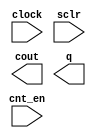
// megafunction wizard: %LPM_COUNTER%VBB%
// GENERATION: STANDARD
// VERSION: WM1.0
// MODULE: LPM_COUNTER 

// ============================================================
// Megafunction Name(s):
// 			LPM_COUNTER
//
// Simulation Library Files(s):
// 			lpm
// ============================================================
// ************************************************************
// THIS IS A WIZARD-GENERATED FILE. DO NOT EDIT THIS FILE!
//
// 20.1.0 Build 711 06/05/2020 SJ Lite Edition
// ************************************************************

//Copyright (C) 2020  Intel Corporation. All rights reserved.
//Your use of Intel Corporation's design tools, logic functions 
//and other software and tools, and any partner logic 
//functions, and any output files from any of the foregoing 
//(including device programming or simulation files), and any 
//associated documentation or information are expressly subject 
//to the terms and conditions of the Intel Program License 
//Subscription Agreement, the Intel Quartus Prime License Agreement,
//the Intel FPGA IP License Agreement, or other applicable license
//agreement, including, without limitation, that your use is for
//the sole purpose of programming logic devices manufactured by
//Intel and sold by Intel or its authorized distributors.  Please
//refer to the applicable agreement for further details, at
//https://fpgasoftware.intel.com/eula.

module counter8 (
	clock,
	cnt_en,
	sclr,
	cout,
	q);

	input	  clock;
	input	  cnt_en;
	input	  sclr;
	output	  cout;
	output	[2:0]  q;

endmodule

// ============================================================
// CNX file retrieval info
// ============================================================
// Retrieval info: PRIVATE: ACLR NUMERIC "0"
// Retrieval info: PRIVATE: ALOAD NUMERIC "0"
// Retrieval info: PRIVATE: ASET NUMERIC "0"
// Retrieval info: PRIVATE: ASET_ALL1 NUMERIC "1"
// Retrieval info: PRIVATE: CLK_EN NUMERIC "0"
// Retrieval info: PRIVATE: CNT_EN NUMERIC "1"
// Retrieval info: PRIVATE: CarryIn NUMERIC "0"
// Retrieval info: PRIVATE: CarryOut NUMERIC "1"
// Retrieval info: PRIVATE: Direction NUMERIC "0"
// Retrieval info: PRIVATE: INTENDED_DEVICE_FAMILY STRING "Cyclone IV E"
// Retrieval info: PRIVATE: ModulusCounter NUMERIC "0"
// Retrieval info: PRIVATE: ModulusValue NUMERIC "0"
// Retrieval info: PRIVATE: SCLR NUMERIC "1"
// Retrieval info: PRIVATE: SLOAD NUMERIC "0"
// Retrieval info: PRIVATE: SSET NUMERIC "0"
// Retrieval info: PRIVATE: SSET_ALL1 NUMERIC "1"
// Retrieval info: PRIVATE: SYNTH_WRAPPER_GEN_POSTFIX STRING "1"
// Retrieval info: PRIVATE: nBit NUMERIC "3"
// Retrieval info: PRIVATE: new_diagram STRING "1"
// Retrieval info: LIBRARY: lpm lpm.lpm_components.all
// Retrieval info: CONSTANT: LPM_DIRECTION STRING "UP"
// Retrieval info: CONSTANT: LPM_PORT_UPDOWN STRING "PORT_UNUSED"
// Retrieval info: CONSTANT: LPM_TYPE STRING "LPM_COUNTER"
// Retrieval info: CONSTANT: LPM_WIDTH NUMERIC "3"
// Retrieval info: USED_PORT: clock 0 0 0 0 INPUT NODEFVAL "clock"
// Retrieval info: USED_PORT: cnt_en 0 0 0 0 INPUT NODEFVAL "cnt_en"
// Retrieval info: USED_PORT: cout 0 0 0 0 OUTPUT NODEFVAL "cout"
// Retrieval info: USED_PORT: q 0 0 3 0 OUTPUT NODEFVAL "q[2..0]"
// Retrieval info: USED_PORT: sclr 0 0 0 0 INPUT NODEFVAL "sclr"
// Retrieval info: CONNECT: @clock 0 0 0 0 clock 0 0 0 0
// Retrieval info: CONNECT: @cnt_en 0 0 0 0 cnt_en 0 0 0 0
// Retrieval info: CONNECT: @sclr 0 0 0 0 sclr 0 0 0 0
// Retrieval info: CONNECT: cout 0 0 0 0 @cout 0 0 0 0
// Retrieval info: CONNECT: q 0 0 3 0 @q 0 0 3 0
// Retrieval info: GEN_FILE: TYPE_NORMAL counter8.v TRUE
// Retrieval info: GEN_FILE: TYPE_NORMAL counter8.inc FALSE
// Retrieval info: GEN_FILE: TYPE_NORMAL counter8.cmp FALSE
// Retrieval info: GEN_FILE: TYPE_NORMAL counter8.bsf TRUE
// Retrieval info: GEN_FILE: TYPE_NORMAL counter8_inst.v FALSE
// Retrieval info: GEN_FILE: TYPE_NORMAL counter8_bb.v TRUE
// Retrieval info: GEN_FILE: TYPE_NORMAL counter8_syn.v TRUE
// Retrieval info: LIB_FILE: lpm